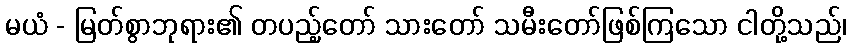
မယံ - မြတ်စွာဘုရား၏ တပည့်တော် သားတော် သမီးတော်ဖြစ်ကြသော ငါတို့သည်၊